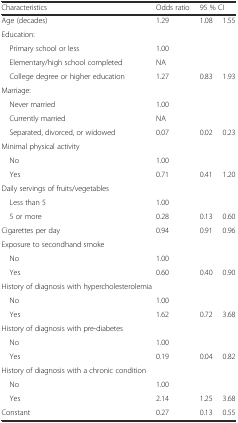
<table><thead><tr><td><b>Characteristics</b></td><td><b>Odds ratio</b></td><td colspan="2"><b>95 % CI</b></td></tr></thead><tbody><tr><td>Age (decades)</td><td>1.29</td><td>1.08</td><td>1.55</td></tr><tr><td colspan="4">Education:</td></tr><tr><td> Primary school or less</td><td>1.00</td><td></td><td></td></tr><tr><td> Elementary/high school completed</td><td>NA</td><td></td><td></td></tr><tr><td> College degree or higher education</td><td>1.27</td><td>0.83</td><td>1.93</td></tr><tr><td colspan="4">Marriage:</td></tr><tr><td> Never married</td><td>1.00</td><td></td><td></td></tr><tr><td> Currently married</td><td>NA</td><td></td><td></td></tr><tr><td> Separated, divorced, or widowed</td><td>0.07</td><td>0.02</td><td>0.23</td></tr><tr><td colspan="4">Minimal physical activity</td></tr><tr><td> No</td><td>1.00</td><td></td><td></td></tr><tr><td> Yes</td><td>0.71</td><td>0.41</td><td>1.20</td></tr><tr><td>Daily servings of fruits/vegetables</td><td></td><td></td><td></td></tr><tr><td> Less than 5</td><td>1.00</td><td></td><td></td></tr><tr><td> 5 or more</td><td>0.28</td><td>0.13</td><td>0.60</td></tr><tr><td>Cigarettes per day</td><td>0.94</td><td>0.91</td><td>0.96</td></tr><tr><td colspan="4">Exposure to secondhand smoke</td></tr><tr><td> No</td><td>1.00</td><td></td><td></td></tr><tr><td> Yes</td><td>0.60</td><td>0.40</td><td>0.90</td></tr><tr><td colspan="4">History of diagnosis with hypercholesterolemia</td></tr><tr><td> No</td><td>1.00</td><td></td><td></td></tr><tr><td> Yes</td><td>1.62</td><td>0.72</td><td>3.68</td></tr><tr><td>History of diagnosis with pre-diabetes</td><td></td><td></td><td></td></tr><tr><td> No</td><td>1.00</td><td></td><td></td></tr><tr><td> Yes</td><td>0.19</td><td>0.04</td><td>0.82</td></tr><tr><td>History of diagnosis with a chronic condition</td><td></td><td></td><td></td></tr><tr><td> No</td><td>1.00</td><td></td><td></td></tr><tr><td> Yes</td><td>2.14</td><td>1.25</td><td>3.68</td></tr><tr><td>Constant</td><td>0.27</td><td>0.13</td><td>0.55</td></tr></tbody></table>